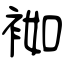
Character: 袽